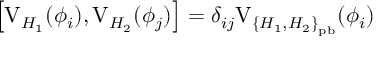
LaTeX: \left[ \mathrm { V } _ { H _ { 1 } } ( \phi _ { i } ) , \mathrm { V } _ { H _ { 2 } } ( \phi _ { j } ) \right] = \delta _ { i j } \mathrm { V } _ { { \{ H _ { 1 } , H _ { 2 } \} } _ { \mathrm { p b } } } ( \phi _ { i } )